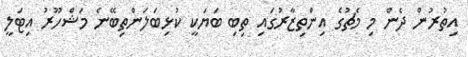
އިތުރުން ދެން މި މެޗުގެ އިންތިޒާރުގައި ތިބި ބަޔަކީ ކުޅިބަލަންތިބޭނެ މަޝްހޫރު އިޓަލީ